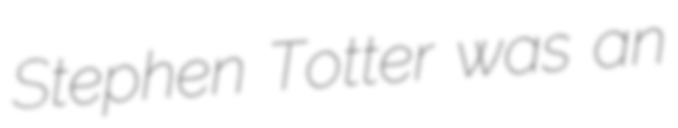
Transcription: Stephen Totter was an